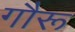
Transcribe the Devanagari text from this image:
गौरू